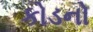
કોડનો